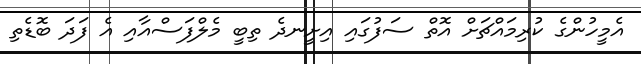
އެމީހުންގެ ކުރިމައްޗަށް އޮތް ސަފުގައި އިށީނދެ ތިބީ މެލްފަސްއާއި އެ ފަދަ ބޮޑެތި